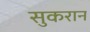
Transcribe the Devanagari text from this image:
सुकरान